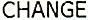
CHANGE